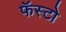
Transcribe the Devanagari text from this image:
फॅस्टो